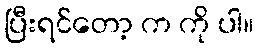
ပြီးရင်တော့ က ကို ပါ။